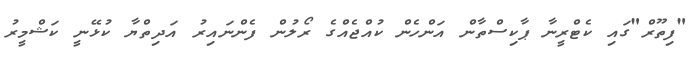
"ފިތޫރް"ގައި ކެޓްރީނާ ޕާކިސްތާން އަންހެން ކުއްޖެއްގެ ރޯލުން ފެންނައިރު އަދިތްޔާ ކުޅޭނީ ކަޝްމީރު